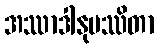
အဿာဒါနုပဿိတာ